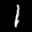
Label: 1